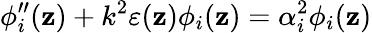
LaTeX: \phi_{i}^{\prime\prime}(\mathbf{z})+k^{2}\varepsilon(\mathbf{z})\phi_{i}(\mathbf{z})=\alpha_{i}^{2}\phi_{i}(\mathbf{z})